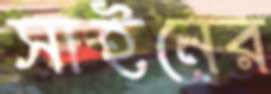
সাইনের